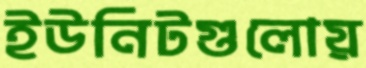
ইউনিটগুলোয়